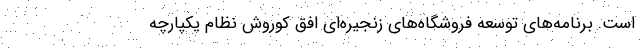
است. برنامه­‌های توسعه فروشگاه­‌های زنجیره‌­ای افق کوروش نظام یکپارچه